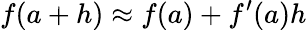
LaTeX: f(a+h)\approx f(a)+f^{\prime}(a)h